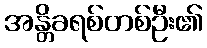
အန္တိခရစ်တစ်ဦး၏